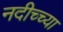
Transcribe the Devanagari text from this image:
नदीच्च्या